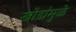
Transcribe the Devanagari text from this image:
खोडांमुळे